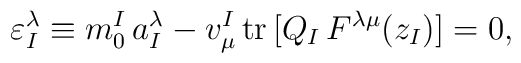
\varepsilon_I^\lambda\equiv m_0^I\,a^\lambda_I-v_\mu^I\,{\rm tr}\,\bigl[Q_I\, F^{\lambda\mu}(z_I)\bigr]=0,